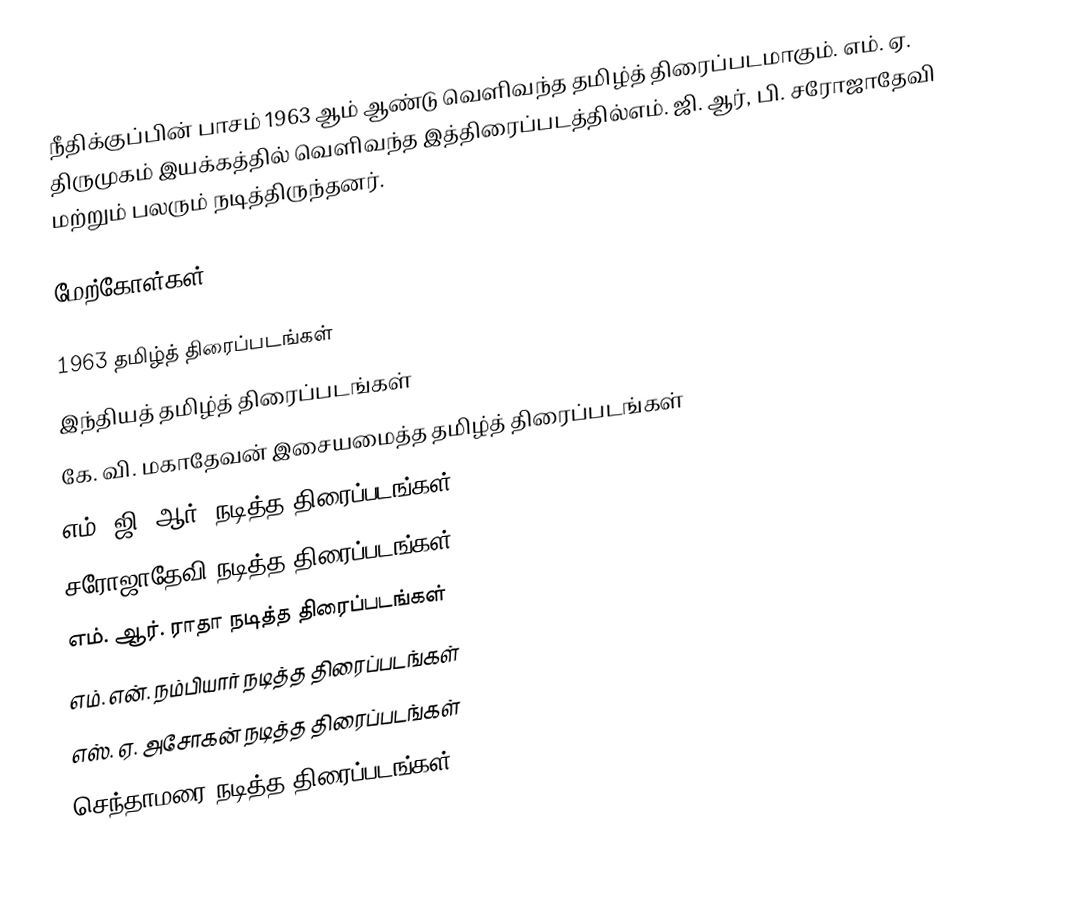
நீதிக்குப்பின் பாசம் 1963 ஆம் ஆண்டு வெளிவந்த தமிழ்த் திரைப்படமாகும். எம். ஏ. திருமுகம் இயக்கத்தில் வெளிவந்த இத்திரைப்படத்தில்எம். ஜி. ஆர், பி. சரோஜாதேவி மற்றும் பலரும் நடித்திருந்தனர்.

மேற்கோள்கள்

1963 தமிழ்த் திரைப்படங்கள்
இந்தியத் தமிழ்த் திரைப்படங்கள்
கே. வி. மகாதேவன் இசையமைத்த தமிழ்த் திரைப்படங்கள்
எம். ஜி. ஆர். நடித்த திரைப்படங்கள்
சரோஜாதேவி நடித்த திரைப்படங்கள்
எம். ஆர். ராதா நடித்த திரைப்படங்கள்
எம். என். நம்பியார் நடித்த திரைப்படங்கள்
எஸ். ஏ. அசோகன் நடித்த திரைப்படங்கள்
செந்தாமரை நடித்த திரைப்படங்கள்